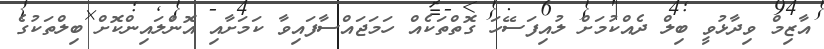
އާޒިމް ވިދާޅުވީ ބިލް ދެއްކުމަށް ލުއިފަސޭހަ ގޮތްތަކެއް ހަމަޖައްސާފައިވާ ކަމަށާއި އޮންލައިންކޮށް ބިލްތަކުގެ